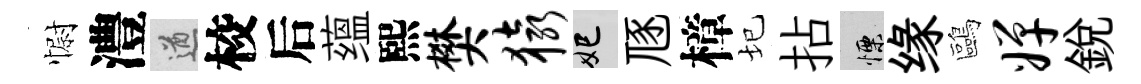
𢠢澧遒校后蕴熙樊猿妃豗樟圮拈慄缘鷗婵銳